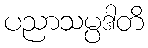
ပညာသမ္ပဒါတိ